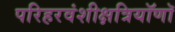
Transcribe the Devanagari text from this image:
परिहरवंशीक्षत्रियॉणॉ